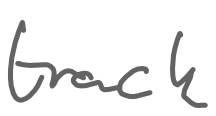
Text: track
Cross-out: clean
Writing tool: digital_gray